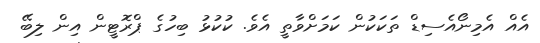
އެއް އެމިނޯއެސިޑް ތަކަކުން ކަމަށްވާތީ އެވެ. ކުކުޅު ބިހުގެ ޕްރޮޓީން އިން ލިބޭ